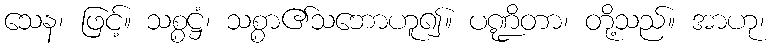
သေန၊ ဖြင့်။ သစ္စဋ္ဌံ၊ သစ္စာ၏သဘောဟူ၍။ ပဏ္ဍိတာ၊ တို့သည်။ အာဟု၊